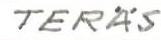
TERÄS